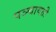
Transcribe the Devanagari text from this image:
पञ्चायती